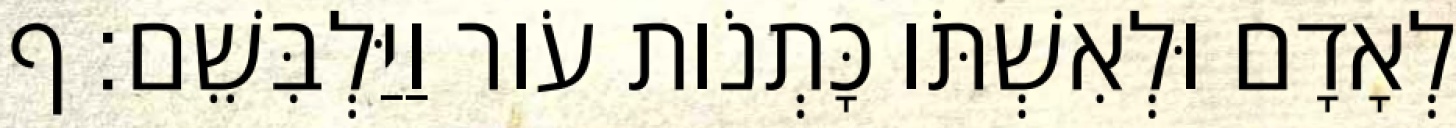
לְאָדָם וּלְאִשְׁתֹּו כָּתְנֹות עֹור וַיַּלְבִּשֵׁם׃ ף